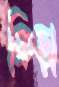
ক্রিড়া